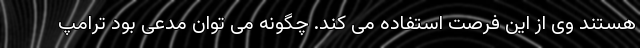
هستند وی از این فرصت استفاده می کند. چگونه می توان مدعی بود ترامپ